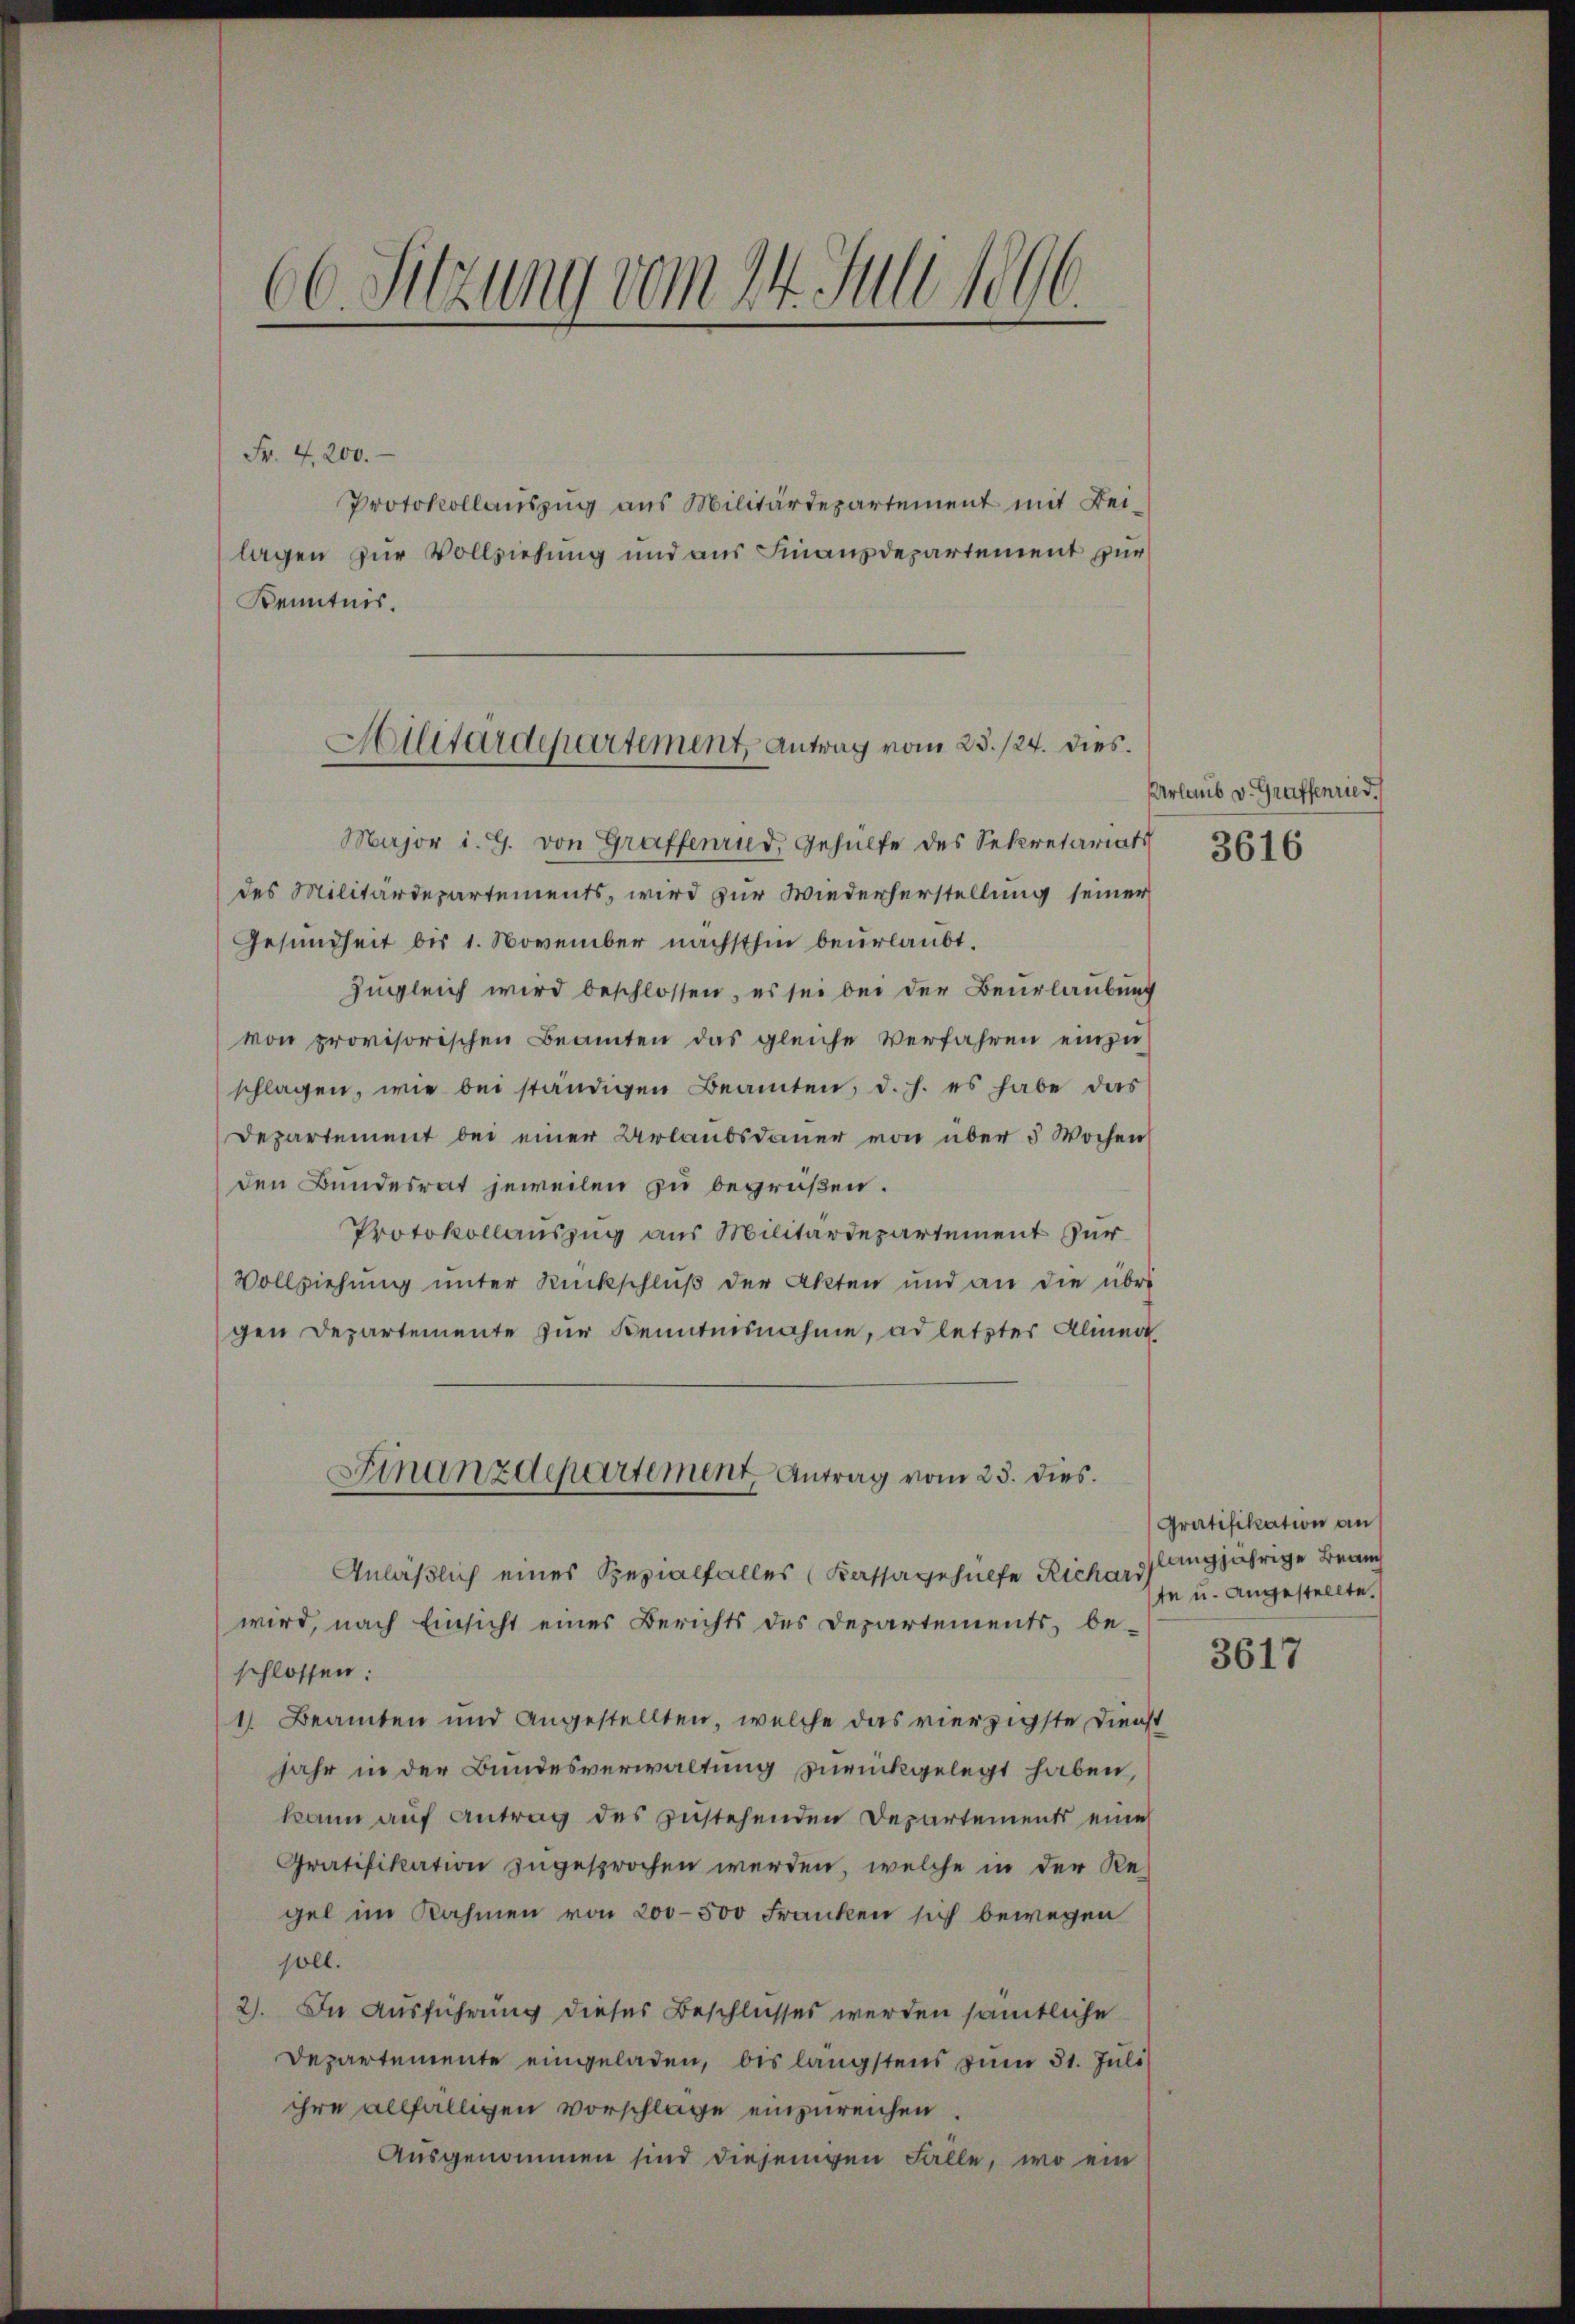
1
1
Ce Sitzung vom 4. Juli 1896.

Fr. 4200.
Protokollauszug aus Militärdepartement mit Beilagen zur Vollziehung und aus Finanzdepartement zur
Kenntnis.

Ailitärdepartement Antrag vom 23./24. dies¬

Major i. G. von Graffenrud, Gehülfe des Sekretariats
des Militärdepartements, wird zur Wiederherstellung seiner
Gesundheit bis 1. November nächsthin beurlaubt.
zugleich wird beschlossen, es sei bei der Beurlaubung
von provisorischen Beamten das gleiche Verfahren einzuschlagen, wie bei ständigen Beamten, d. h. es habe das
Departement bei einer Urlaubsdauer von über 5 Wochen
den Bundesrat jeweilen zu begrüßen.
Protokollauszug aus Militärdepartement zur
Vollziehung unter Rückschluß der Akten und an die übri
gen Departemente zur Kenntnisnahme, ad letzter Alinea
Anläßlich eines Spezialfalles (Kassagehülfe Richard,
wird, nach Einsicht eines Berichts des Departements, be-
schlossen:
1. Beamten und angestellten, welche das vierzigste Dienst
jahr in der Bundesverwaltung zurückgelegt haben,
kann auf Antrag des zustehenden Departements eine
Gratifikation zugesprochen werden, welche in der Re-
gel im Nahmen von 200–500 Franken sich bewegen
soll.
2). In Ausführung dieses Beschlusses werden sämtliche
Departemente eingeladen, bis längstens zum 31. Juli
ihre allfälligen Vorschlage einzureichen
Ausgenommen sind diejenigen Falle, wo ein

Finanzdepartement Antrag vom 23. dies.

Urlaub v. Graffenried.

3616

Gratifikation an
langjährige Beauch
te u. angestellte.

3617